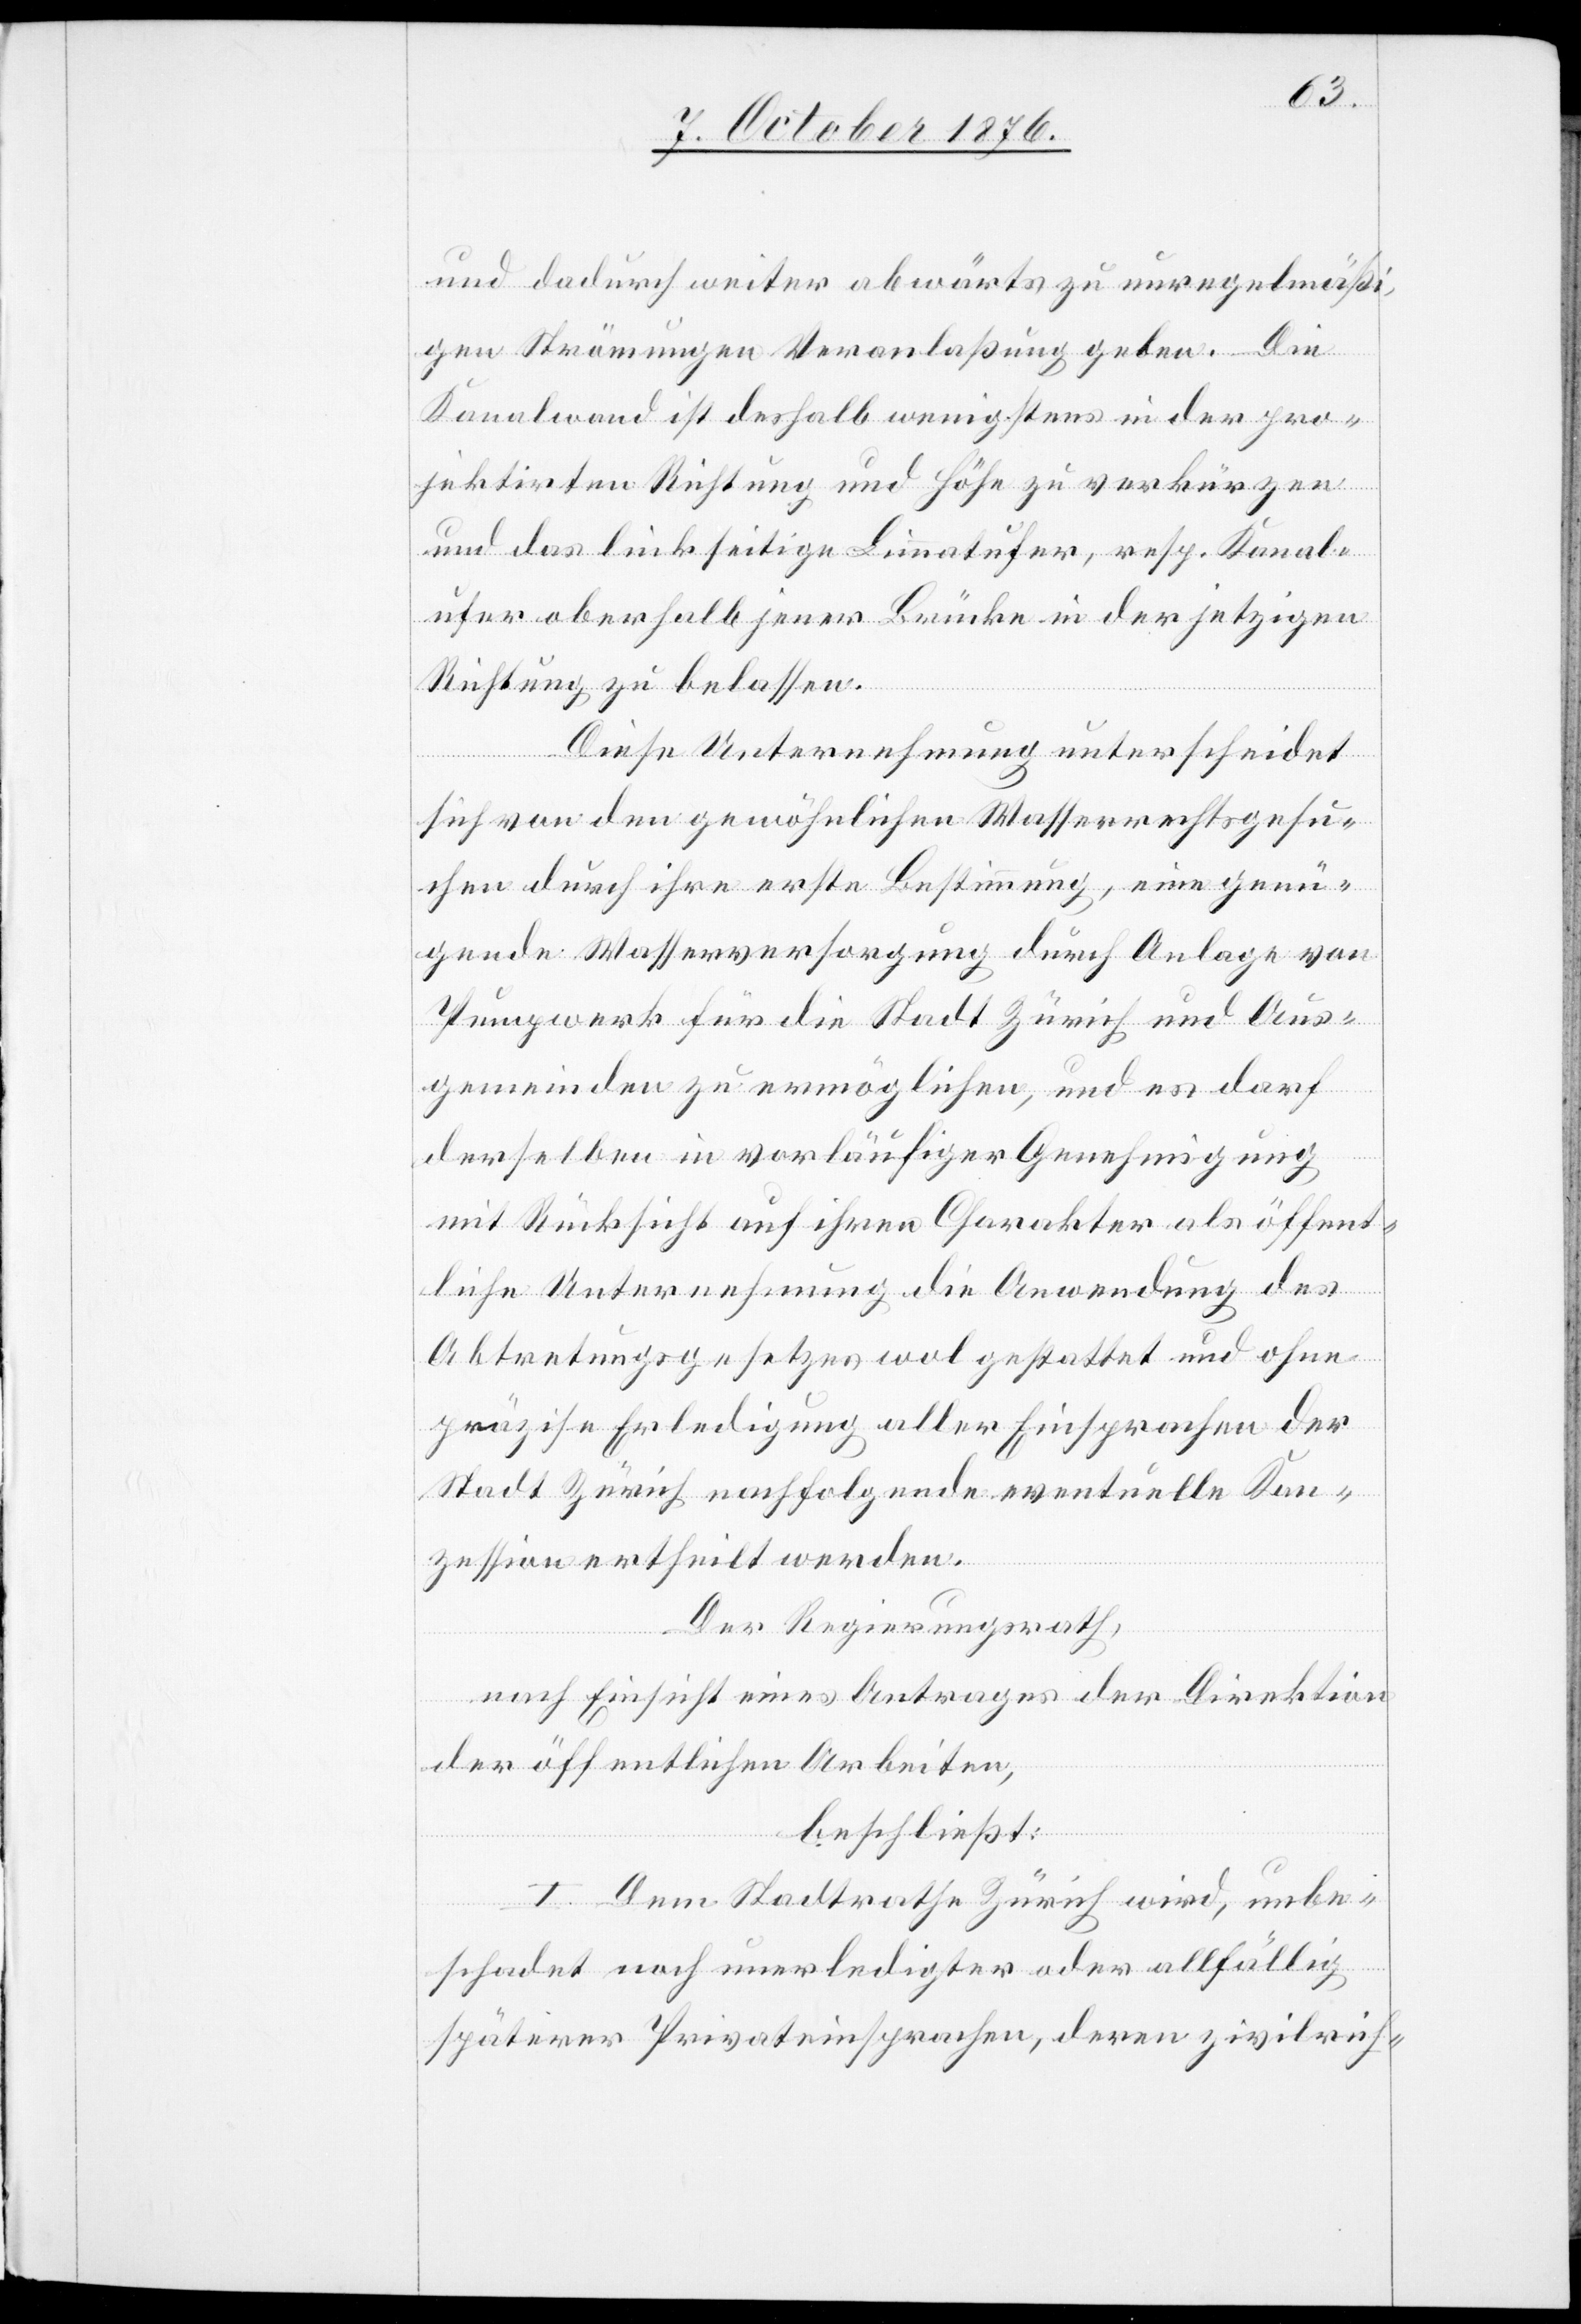
und dadurch weiter abwärts zu unregelmäßi¬
gen Strömungen Veranlaßung geben. Die
Kanalwand ist deshalb wenigstens in der pro¬
jektirten Richtung und Höhe zu verkürzen
und das linkseitige Limmatufer, resp. Kanal¬
ufer oberhalb jener Brücke in der jetzigen
Richtung zu belassen.
Diese Unternehmung unterscheidet
sich von den gewöhnlichen Wasserrechtsgesu¬
chen durch ihre erste Bestimmung, eine genü¬
gende Wasserversorgung durch Anlage von
Pumpwerk für die Stadt Zürich und Aus¬
gemeinden zu ermöglichen, und es darf
derselben in vorläufiger Genehmigung
mit Rücksicht auf ihren Charakter als öffent¬
liche Unternehmung die Anwendung des
Abtretungsgesetzes wo gestattet und ohne
präzise Erledigung aller Einsprachen der
Stadt Zürich nachfolgende eventuelle Kon¬
zession ertheilt werden.
Der Regierungsrath,
nach Einsicht eines Antrages der Direktion
der öffentlichen Arbeiten,
beschließt:
I. Dem Stadtrathe Zürich wird, unbe¬
schadet noch unerledigter oder allfällig
späterer Privateinsprachen, deren zivilrich-